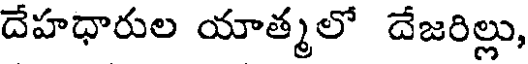
దేహధారుల యాత్మలో దేజరిల్లు,